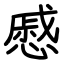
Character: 慼